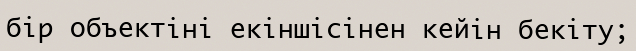
бір объектіні екіншісінен кейін бекіту;